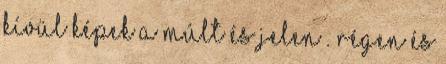
kívül Képek a múlt és jelen . Régen és